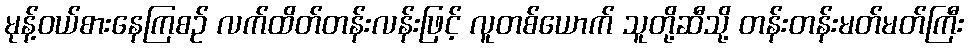
မုန့်ဝယ်စားနေကြစဉ် လက်ထိတ်တန်းလန်းဖြင့် လူတစ်ယောက် သူတို့ဆီသို့ တန်းတန်းမတ်မတ်ကြီး